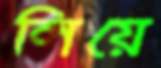
লিয়ে